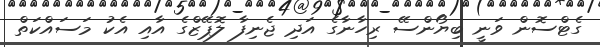
ގެޓްސޮން ވަނީ ބިޔޯންސޭ ރިހާނާގެ އަދި ޖެނިފާ ލޮޕޭޒްގެ އާއި އެކު މަސައްކަތް